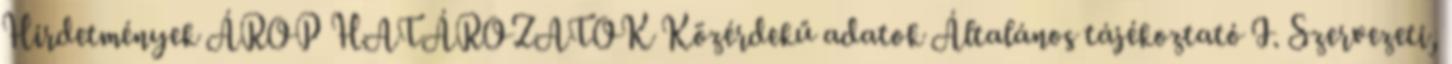
Hirdetmények ÁROP HATÁROZATOK Közérdekű adatok Általános tájékoztató I. Szervezeti,